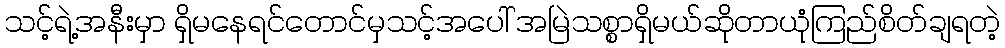
သင့်ရဲ့အနီးမှာ ရှိမနေရင်တောင်မှသင့်အပေါ် အမြဲသစ္စာရှိမယ်ဆိုတာယုံကြည်စိတ်ချရတဲ့